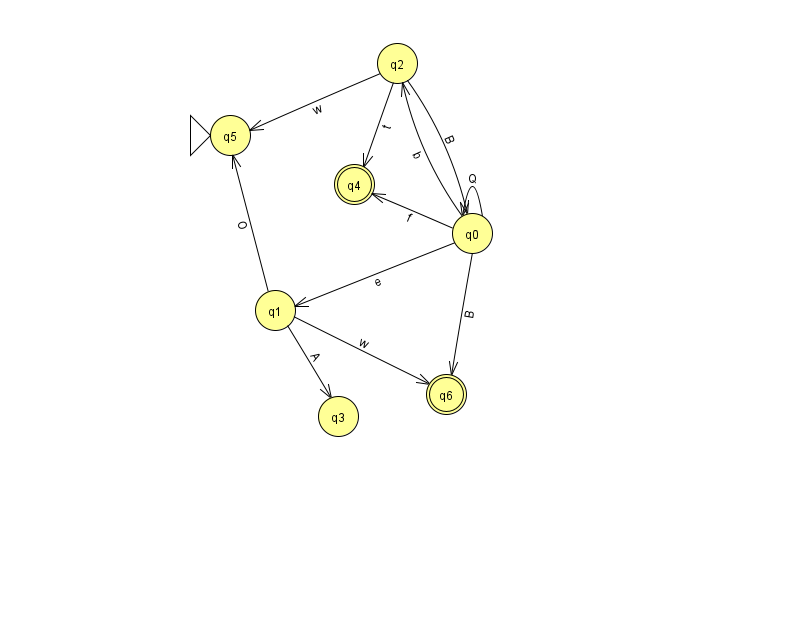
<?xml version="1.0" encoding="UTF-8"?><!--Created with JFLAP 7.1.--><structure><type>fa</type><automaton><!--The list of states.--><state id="0" name="q0"><x>472.0</x><y>220.0</y></state><state id="1" name="q1"><x>275.0</x><y>297.0</y></state><state id="2" name="q2"><x>397.0</x><y>50.0</y></state><state id="3" name="q3"><x>338.0</x><y>403.0</y></state><state id="4" name="q4"><x>354.0</x><y>171.0</y><final/></state><state id="5" name="q5"><x>230.0</x><y>122.0</y><initial/></state><state id="6" name="q6"><x>446.0</x><y>381.0</y><final/></state><!--The list of transitions.--><transition><from>0</from><to>0</to><read>Q</read></transition><transition><from>0</from><to>6</to><read>B</read></transition><transition><from>1</from><to>5</to><read>O</read></transition><transition><from>2</from><to>5</to><read>w</read></transition><transition><from>0</from><to>2</to><read>b</read></transition><transition><from>2</from><to>0</to><read>B</read></transition><transition><from>2</from><to>4</to><read>t</read></transition><transition><from>0</from><to>4</to><read>f</read></transition><transition><from>1</from><to>3</to><read>A</read></transition><transition><from>0</from><to>1</to><read>e</read></transition><transition><from>1</from><to>6</to><read>w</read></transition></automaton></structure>